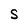
Character: S